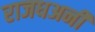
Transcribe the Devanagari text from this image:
राजधअनी